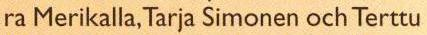
ra Merikalla, Tarja Simonen och Terttu